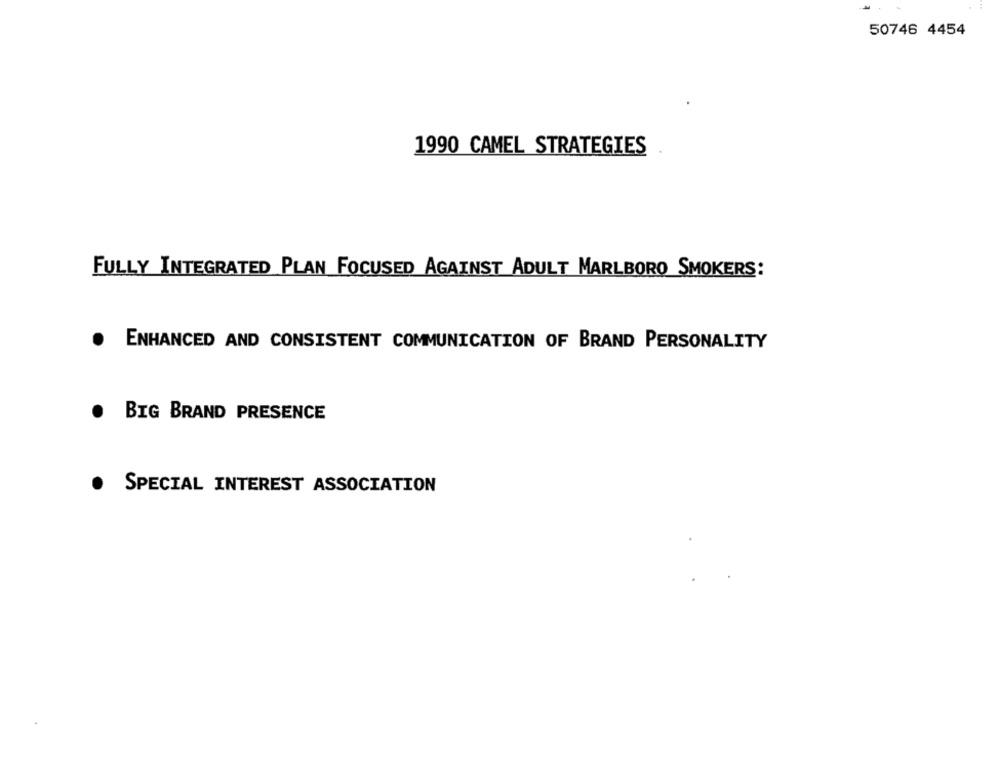
50746 4454
1990 CAMEL STRATEGIES
FULLY INTEGRATED PLAN FOCUSED AGAINST ADULT MARLBORO SMOKERS:
.
ENHANCED AND CONSISTENT COMMUNICATION OF BRAND PERSONALITY
.
BIG BRAND PRESENCE
.
SPECIAL INTEREST ASSOCIATION